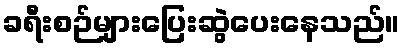
ခရီးစဉ်များပြေးဆွဲပေးနေသည်။